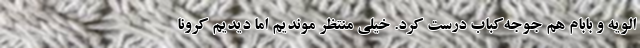
الویه و بابام هم جوجه‌کباب درست کرد. خیلی منتظر موندیم اما دیدیم کرونا